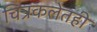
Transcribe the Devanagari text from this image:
चित्रकलेतही